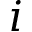
i